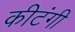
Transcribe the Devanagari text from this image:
कीटंगी